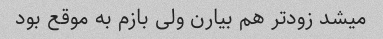
میشد زودتر هم بیارن ولی بازم به موقع بود